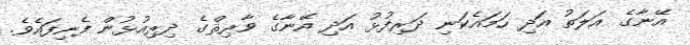
އޭނާގެ އަލަތު އަދި ހަމައެކަނި ދަރިފުޅު އަދި އޭނާގެ ވާރިޘްގެ ދިރިއުޅުން ފެނިފައެވެ.